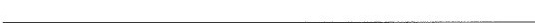
___